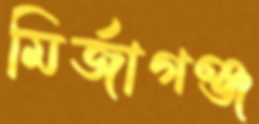
মির্জাগঞ্জ